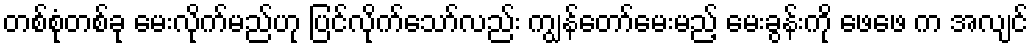
တစ်စုံတစ်ခု မေးလိုက်မည်ဟု ပြင်လိုက်သော်လည်း ကျွန်တော်မေးမည့် မေးခွန်းကို ဖေဖေ က အလျင်